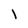
Character: l